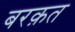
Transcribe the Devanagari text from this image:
बरक़त